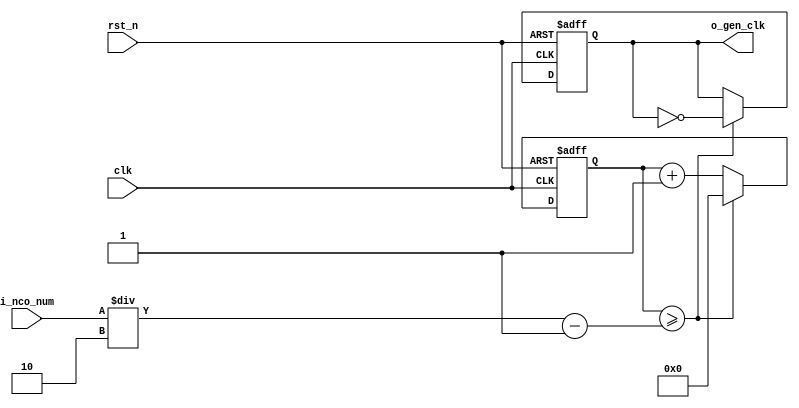

module	nco(	
		o_gen_clk,
		i_nco_num,
		clk,
		rst_n);

output		o_gen_clk	;	// 1Hz CLK

input	[31:0]	i_nco_num	;
input		clk		;	// 50Mhz CLK
input		rst_n		;

reg	[31:0]	cnt		;
reg		o_gen_clk	;

always @(posedge clk or negedge rst_n) begin
	if(rst_n == 1'b0) begin
		cnt		<= 32'd0;
		o_gen_clk	<= 1'd0	;
	end else begin
		if(cnt >= i_nco_num/2-1) begin
			cnt 	<= 32'd0;
			o_gen_clk	<= ~o_gen_clk;
		end else begin
			cnt <= cnt + 1'b1;
		end
	end
end

endmodule

//	--------------------------------------------------
//	Flexible Numerical Display Decoder
//	--------------------------------------------------
module	fnd_dec(
		o_seg,
		i_num);

output	[6:0]	o_seg		;	// {o_seg_a, o_seg_b, ... , o_seg_g}

input	[3:0]	i_num		;
reg	[6:0]	o_seg		;
//making
always @(i_num) begin 
 	case(i_num) 
 		4'd0 : o_seg = 7'b111_1110	; 
 		4'd1 : o_seg = 7'b011_0000	; 
 		4'd2 : o_seg = 7'b110_1101	; 
 		4'd3 : o_seg = 7'b111_1001	; 
 		4'd4 : o_seg = 7'b011_0011	; 
 		4'd5 : o_seg = 7'b101_1011	; 
 		4'd6 : o_seg = 7'b101_1111	; 
 		4'd7 : o_seg = 7'b111_0000	; 
 		4'd8 : o_seg = 7'b111_1111	; 
 		4'd9 : o_seg = 7'b111_0011	; 
		default : o_seg = 7'b000_0000	; 
	endcase 
end


endmodule

//	--------------------------------------------------
//	0~59 --> 2 Separated Segments
//	--------------------------------------------------
module	double_fig_sep(
		o_left,
		o_right,
		i_double_fig);

output	[3:0]	o_left		;
output	[3:0]	o_right		;

input	[5:0]	i_double_fig	;

assign		o_left	= i_double_fig / 10	;
assign		o_right	= i_double_fig % 10	;

endmodule

//	--------------------------------------------------
//	0~59 --> 2 Separated Segments
//	--------------------------------------------------
module	led_disp(
		o_seg,
		o_seg_dp,
		o_seg_enb,
		i_six_digit_seg,
		i_six_dp,
		clk,
		rst_n);

output	[5:0]	o_seg_enb		;
output		o_seg_dp		;
output	[6:0]	o_seg			;

input	[41:0]	i_six_digit_seg		;
input	[5:0]	i_six_dp		;
input		clk			;
input		rst_n			;

wire		gen_clk		;

nco		u_nco(
		.o_gen_clk	( gen_clk	),
		.i_nco_num	( 32'd5000	),
		.clk		( clk		),
		.rst_n		( rst_n		));


reg	[3:0]	cnt_common_node	;

always @(posedge gen_clk or negedge rst_n) begin
	if(rst_n == 1'b0) begin
		cnt_common_node <= 4'd0;
	end else begin
		if(cnt_common_node >= 4'd5) begin
			cnt_common_node <= 4'd0;
		end else begin
			cnt_common_node <= cnt_common_node + 1'b1;
		end
	end
end

reg	[5:0]	o_seg_enb		;

always @(cnt_common_node) begin
	case (cnt_common_node)
		4'd0 : o_seg_enb = 6'b111110;
		4'd1 : o_seg_enb = 6'b111101;
		4'd2 : o_seg_enb = 6'b111011;
		4'd3 : o_seg_enb = 6'b110111;
		4'd4 : o_seg_enb = 6'b101111;
		4'd5 : o_seg_enb = 6'b011111;
	endcase
end

reg		o_seg_dp		;

always @(cnt_common_node) begin
	case (cnt_common_node)
		4'd0 : o_seg_dp = i_six_dp[0];
		4'd1 : o_seg_dp = i_six_dp[1];
		4'd2 : o_seg_dp = i_six_dp[2];
		4'd3 : o_seg_dp = i_six_dp[3];
		4'd4 : o_seg_dp = i_six_dp[4];
		4'd5 : o_seg_dp = i_six_dp[5];
	endcase
end

reg	[6:0]	o_seg			;

always @(cnt_common_node) begin
	case (cnt_common_node)
		4'd0 : o_seg = i_six_digit_seg[6:0];
		4'd1 : o_seg = i_six_digit_seg[13:7];
		4'd2 : o_seg = i_six_digit_seg[20:14];
		4'd3 : o_seg = i_six_digit_seg[27:21];
		4'd4 : o_seg = i_six_digit_seg[34:28];
		4'd5 : o_seg = i_six_digit_seg[41:35];
	endcase
end

endmodule

//	--------------------------------------------------
//	HMS(Hour:Min:Sec) Counter
//	--------------------------------------------------
module	hms_cnt(
		o_hms_cnt,
		o_max_hit,
		i_max_cnt,
		clk,
		rst_n);

output	[5:0]	o_hms_cnt		;
output		o_max_hit		;

input	[5:0]	i_max_cnt		;
input		clk			;
input		rst_n			;

reg	[5:0]	o_hms_cnt		;
reg		o_max_hit		;
always @(posedge clk or negedge rst_n) begin
	if(rst_n == 1'b0) begin
		o_hms_cnt <= 6'd0;
		o_max_hit <= 1'b0;
	end else begin
		if(o_hms_cnt >= i_max_cnt) begin
			o_hms_cnt <= 6'd0;
			o_max_hit <= 1'b1;
		end else begin
			o_hms_cnt <= o_hms_cnt + 1'b1;
			o_max_hit <= 1'b0;
		end
	end
end

endmodule

module  debounce(
		o_sw,
		i_sw,
		clk);
output		o_sw			;

input		i_sw			;
input		clk			;

reg		dly1_sw			;
always @(posedge clk) begin
	dly1_sw <= i_sw;
end

reg		dly2_sw			;
always @(posedge clk) begin
	dly2_sw <= dly1_sw;
end

assign		o_sw = dly1_sw | ~dly2_sw;

endmodule

//	--------------------------------------------------
//	Clock Controller
//	--------------------------------------------------
module	controller(
		o_mode,
		o_position,
		o_sec_clk,
		o_min_clk,
		i_max_hit_sec,
		i_max_hit_min,
		i_sw0,
		i_sw1,
		i_sw2,
		clk,
		rst_n);

output		o_mode			;
output		o_position		;
output		o_sec_clk		;
output		o_min_clk		;

input		i_max_hit_sec		;
input		i_max_hit_min		;

input		i_sw0			;
input		i_sw1			;
input		i_sw2			;

input		clk			;
input		rst_n			;

parameter	MODE_CLOCK = 1'b0	;
parameter	MODE_SETUP = 1'b1	;

parameter	POS_SEC	= 1'b0		;
parameter	POS_MIN	= 1'b1		;

wire		clk_100hz		;
nco		u0_nco(
		.o_gen_clk	( clk_100hz	),
		.i_nco_num	( 32'd500000	),
		.clk		( clk		),
		.rst_n		( rst_n		));

wire		sw0			;
debounce	u0_debounce(
		.o_sw		( sw0		),
		.i_sw		( i_sw0		),
		.clk		( clk_100hz	));

wire		sw1			;
debounce	u1_debounce(
		.o_sw		( sw1		),
		.i_sw		( i_sw1		),
		.clk		( clk_100hz	));

wire		sw2			;
debounce	u2_debounce(
		.o_sw		( sw2		),
		.i_sw		( i_sw2		),
		.clk		( clk_100hz	));

reg		o_mode			;
always @(posedge sw0 or negedge rst_n) begin
	if(rst_n == 1'b0) begin
		o_mode <= MODE_CLOCK;
	end else begin
		o_mode <= o_mode + 1'b1;
	end
end

reg		o_position		;
always @(posedge sw1 or negedge rst_n) begin
	if(rst_n == 1'b0) begin
		o_position <= POS_SEC;
	end else begin
		o_position <= o_position + 1'b1;
	end
end

wire		clk_1hz			;
nco		u1_nco(
		.o_gen_clk	( clk_1hz	),
		.i_nco_num	( 32'd50000000	),
		.clk		( clk		),
		.rst_n		( rst_n		));

reg		o_sec_clk		;
reg		o_min_clk		;
always @(*) begin
	case(o_mode)
		MODE_CLOCK : begin
			o_sec_clk = clk_1hz;
			o_min_clk = i_max_hit_sec;
		end
		MODE_SETUP : begin
			case(o_position)
				POS_SEC : begin
					o_sec_clk = ~sw2;
					o_min_clk = 1'b0;
				end
				POS_MIN : begin
					o_sec_clk = 1'b0;
					o_min_clk = ~sw2;
				end
			endcase
		end
	endcase
end

endmodule

//	--------------------------------------------------
//	HMS(Hour:Min:Sec) Counter
//	--------------------------------------------------
module	minsec(	o_sec,
		o_min,
		o_max_hit_sec,
		o_max_hit_min,
		i_sec_clk,
		i_min_clk,
		clk,
		rst_n);

output	[5:0]	o_sec		;
output	[5:0]	o_min		;
output		o_max_hit_sec	;
output		o_max_hit_min	;

input		i_sec_clk	;
input		i_min_clk	;

input		clk		;
input		rst_n		;

hms_cnt		u0_hms_cnt(
	                  	.o_hms_cnt	( o_sec		),
		                 .o_max_hit	( o_max_hit_sec	),
		                 .i_max_cnt	( 6'd59		),
	                  	.clk		( i_sec_clk	),
		                 .rst_n		( rst_n		));

hms_cnt		u1_hms_cnt(
		                 .o_hms_cnt	( o_min		),
		                 .o_max_hit	( o_max_hit_min	),
		                 .i_max_cnt	( 6'd59		),
		                 .clk		( i_min_clk	),
		                 .rst_n		( rst_n		));

endmodule

module	top_hms_clock(
		o_seg_enb,
		o_seg_dp,
		o_seg,
		i_sw0,
		i_sw1,
		i_sw2,
		clk,
		rst_n);

output	[5:0]	o_seg_enb	;
output		o_seg_dp	;
output	[6:0]	o_seg		;

input		i_sw0		;
input		i_sw1		;
input		i_sw2		;
input		clk		;
input		rst_n	;

wire    sec_clk ;
wire    min_clk ;
wire    max_hit_min;
wire    max_hit_sec;

controller  u_ctrl(
		         .o_mode          (             ),
		         .o_position      (             ),
		         .o_sec_clk       (sec_clk    ),
		         .o_min_clk       (min_clk    ),
		         .i_max_hit_sec   (max_hit_sec             ),
		         .i_max_hit_min   (max_hit_min             ),
		         .i_sw0           (i_sw0        ),
		         .i_sw1           (i_sw1        ),
		         .i_sw2           (i_sw2        ),
		         .clk             (clk          ),
		         .rst_n           (rst_n        ));

wire  [5:0]   min   ;		         
wire  [5:0]   sec   ;
minsec  u_minsec(
            	.o_sec           (sec             ),
		         .o_min           (min             ),
		         .o_max_hit_sec   (max_hit_sec),
		         .o_max_hit_min   (max_hit_min),
		         .i_sec_clk       (sec_clk    ),
		         .i_min_clk       (min_clk    ),
		         .clk             (clk          ),
		         .rst_n           (rst_n        ));
		         

wire  [3:0]   sec_l;
wire  [3:0]   sec_r;
double_fig_sep  u0_double_fig_sep(
		          .o_left         (sec_l             ),
		          .o_right        (sec_r             ),
		          .i_double_fig   (sec             ));
wire  [3:0]   min_l;
wire  [3:0]   min_r;
double_fig_sep  u1_double_fig_sep(          
		          .o_left         (min_l           ),
		          .o_right        (min_r           ),
		          .i_double_fig   (min             ));
		          
wire  [6:0]   sec_l_seg;				          
wire  [6:0]   sec_r_seg;		          
wire  [6:0]   min_l_seg;
wire  [6:0]   min_r_seg;
fnd_dec         u_0fnd_dec(
		           .o_seg         (sec_l_seg            ),
		           .i_num         (sec_l            ));

fnd_dec         u_1fnd_dec(
		           .o_seg         (sec_r_seg             ),
		           .i_num         (sec_r            ));

fnd_dec         u_2fnd_dec(
		           .o_seg         (min_l_seg             ),
		           .i_num         (min_l            ));

fnd_dec         u_3fnd_dec(
		           .o_seg         (min_r_seg             ),
		           .i_num         (min_r            ));	
		           
wire [41:0] six_digit_seg;
assign six_digit_seg = { {2{7'b0000000}}, min_l_seg, min_r_seg, sec_l_seg, sec_r_seg };

led_disp        u_led_disp(
		           .o_seg         (  o_seg           ),
		           .o_seg_dp      (  o_seg_dp           ),
		           .o_seg_enb     (  o_seg_enb           ),
		           .i_six_digit_seg( six_digit_seg           ),
		           .i_six_dp      ( 6'd0           ),
		           .clk           (clk             ),
		           .rst_n         (rst_n             ));	         
endmodule